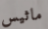
ماثيس